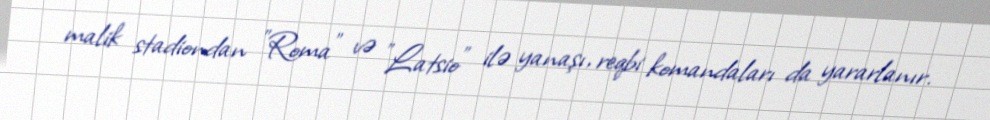
malik stadiondan "Roma" və "Latsio" ilə yanaşı, reqbi komandaları da yararlanır.